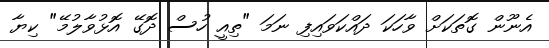
އެނޫން ގޮތަކަށް ވާހަކަ ދައްކަވައިފި ނަމަ "ތިއީ ހުސް ދޮގޭ އޮޅުވާލުމޭ" ކިޔާ